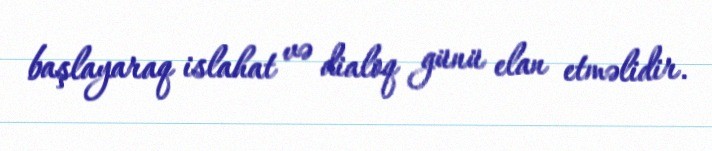
başlayaraq islahat və dialoq günü elan etməlidir.